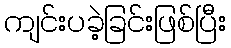
ကျင်းပခဲ့ခြင်းဖြစ်ပြီး